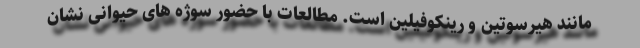
مانند هیرسوتین و رینکوفیلین است. مطالعات با حضور سوژه های حیوانی نشان